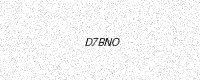
Text: D7BNO